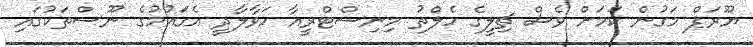
ޔޫރަޕް މަގުން ކަމަށް ވެސް ޗިލީގެ ހެލްތު މިނިސްޓްރީއާ ހަވާލާދީ އެގައުމުގެ ނޫސްތަކުގައި